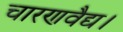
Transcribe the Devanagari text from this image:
चारणवैद्य।